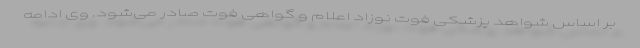
بر اساس شواهد پزشکی فوت نوزاد اعلام و گواهی فوت صادر می‌شود. وی ادامه